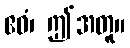
ဧဝံ၊ ဤအတူ။